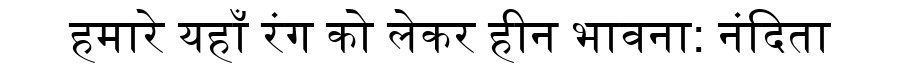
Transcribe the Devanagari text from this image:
हमारे यहाँ रंग को लेकर हीन भावना: नंदिता